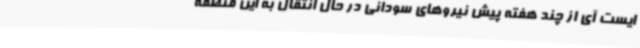
ایست آی از چند هفته پیش نیروهای سودانی در حال انتقال به این منطقه